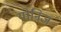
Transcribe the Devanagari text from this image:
योनिज